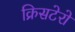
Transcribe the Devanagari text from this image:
क्रिसटेरो